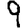
Digit: 9